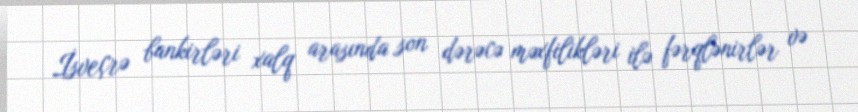
İsveçrə bankirləri xalq arasında son dərəcə məxfilikləri ilə fərqlənirlər və